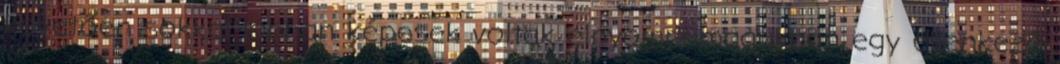
követően sokkal jobban képesek voltak elnyomni magukban egy ellenkező